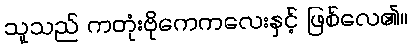
သူသည် ကတုံးဗိုကေကလေးနှင့် ဖြစ်လေ၏။